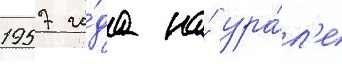
1957 го́да на́ ура́л'е